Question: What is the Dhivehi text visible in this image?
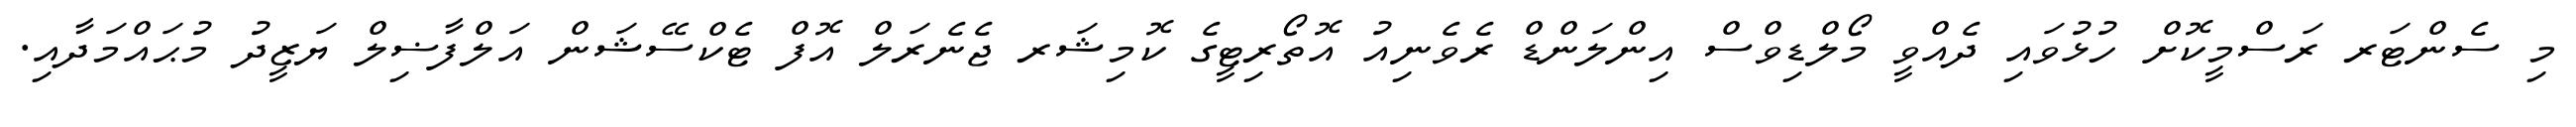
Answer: މި ސެންޓަރ ރަސްމީކޮށް ހުޅުވައި ދެއްވީ މޯލްޑިވްސް އިންލަންޑް ރެވެނިއު އޮތޯރިޓީގެ ކޮމިޝަރ ޖެނެރަލް އޮފް ޓެކްސޭޝަން އަލްފާޟިލް ޔަޒީދު މުޙައްމަދާއި.